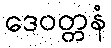
ဒေဝတ္တနံ